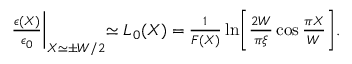
\begin{array} { r } { \frac { \epsilon ( X ) } { \epsilon _ { 0 } } \biggl | _ { X \simeq \pm W / 2 } \simeq L _ { 0 } ( X ) = \frac { 1 } { F ( X ) } \ln \biggl [ \frac { 2 W } { \pi \xi } \cos \frac { \pi X } { W } \biggr ] . } \end{array}